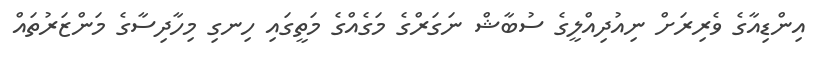
އިންޑިއާގެ ވެރިރަށް ނިއުދިއްލީގެ ސުބާޝް ނަގަރްގެ މަގެއްގެ މަތީގައި ހިނގި މިހާދިސާގެ މަންޒަރުތައް